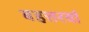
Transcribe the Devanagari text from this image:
बहत्तरवां